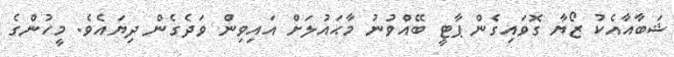
ޝަބާއާއެކު ޒޯޔާ ގޮވައިގެން ޕާޓީ ބޭއްވުނު މާޙައުލަށް އައިވިން ވަދެގެން ދިޔައެވެ. މީހުންގެ